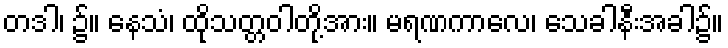
တဒါ၊ ၌။ နေသံ၊ ထိုသတ္တဝါတို့အား။ မရဏကာလေ၊ သေခါနီးအခါ၌။